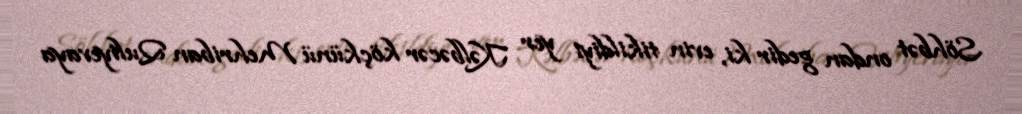
Söhbət ondan gedir ki, evin tikildiyi yer Kəlbəcər köçkünü Mehriban Quliyevaya